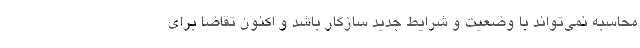
محاسبه نمی‌تواند با وضعیت و شرایط جدید سازگار باشد و اکنون تقاضا برای